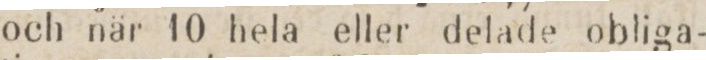
och när 10 hela eller delade obliga-